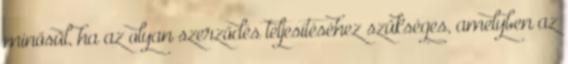
minősül, ha az olyan szerződés teljesítéséhez szükséges, amelyben az